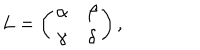
L = \left( \begin{matrix} { { \alpha } } & { { \beta } } \\ { { \gamma } } & { { \delta } } \\ \end{matrix} \right) ,